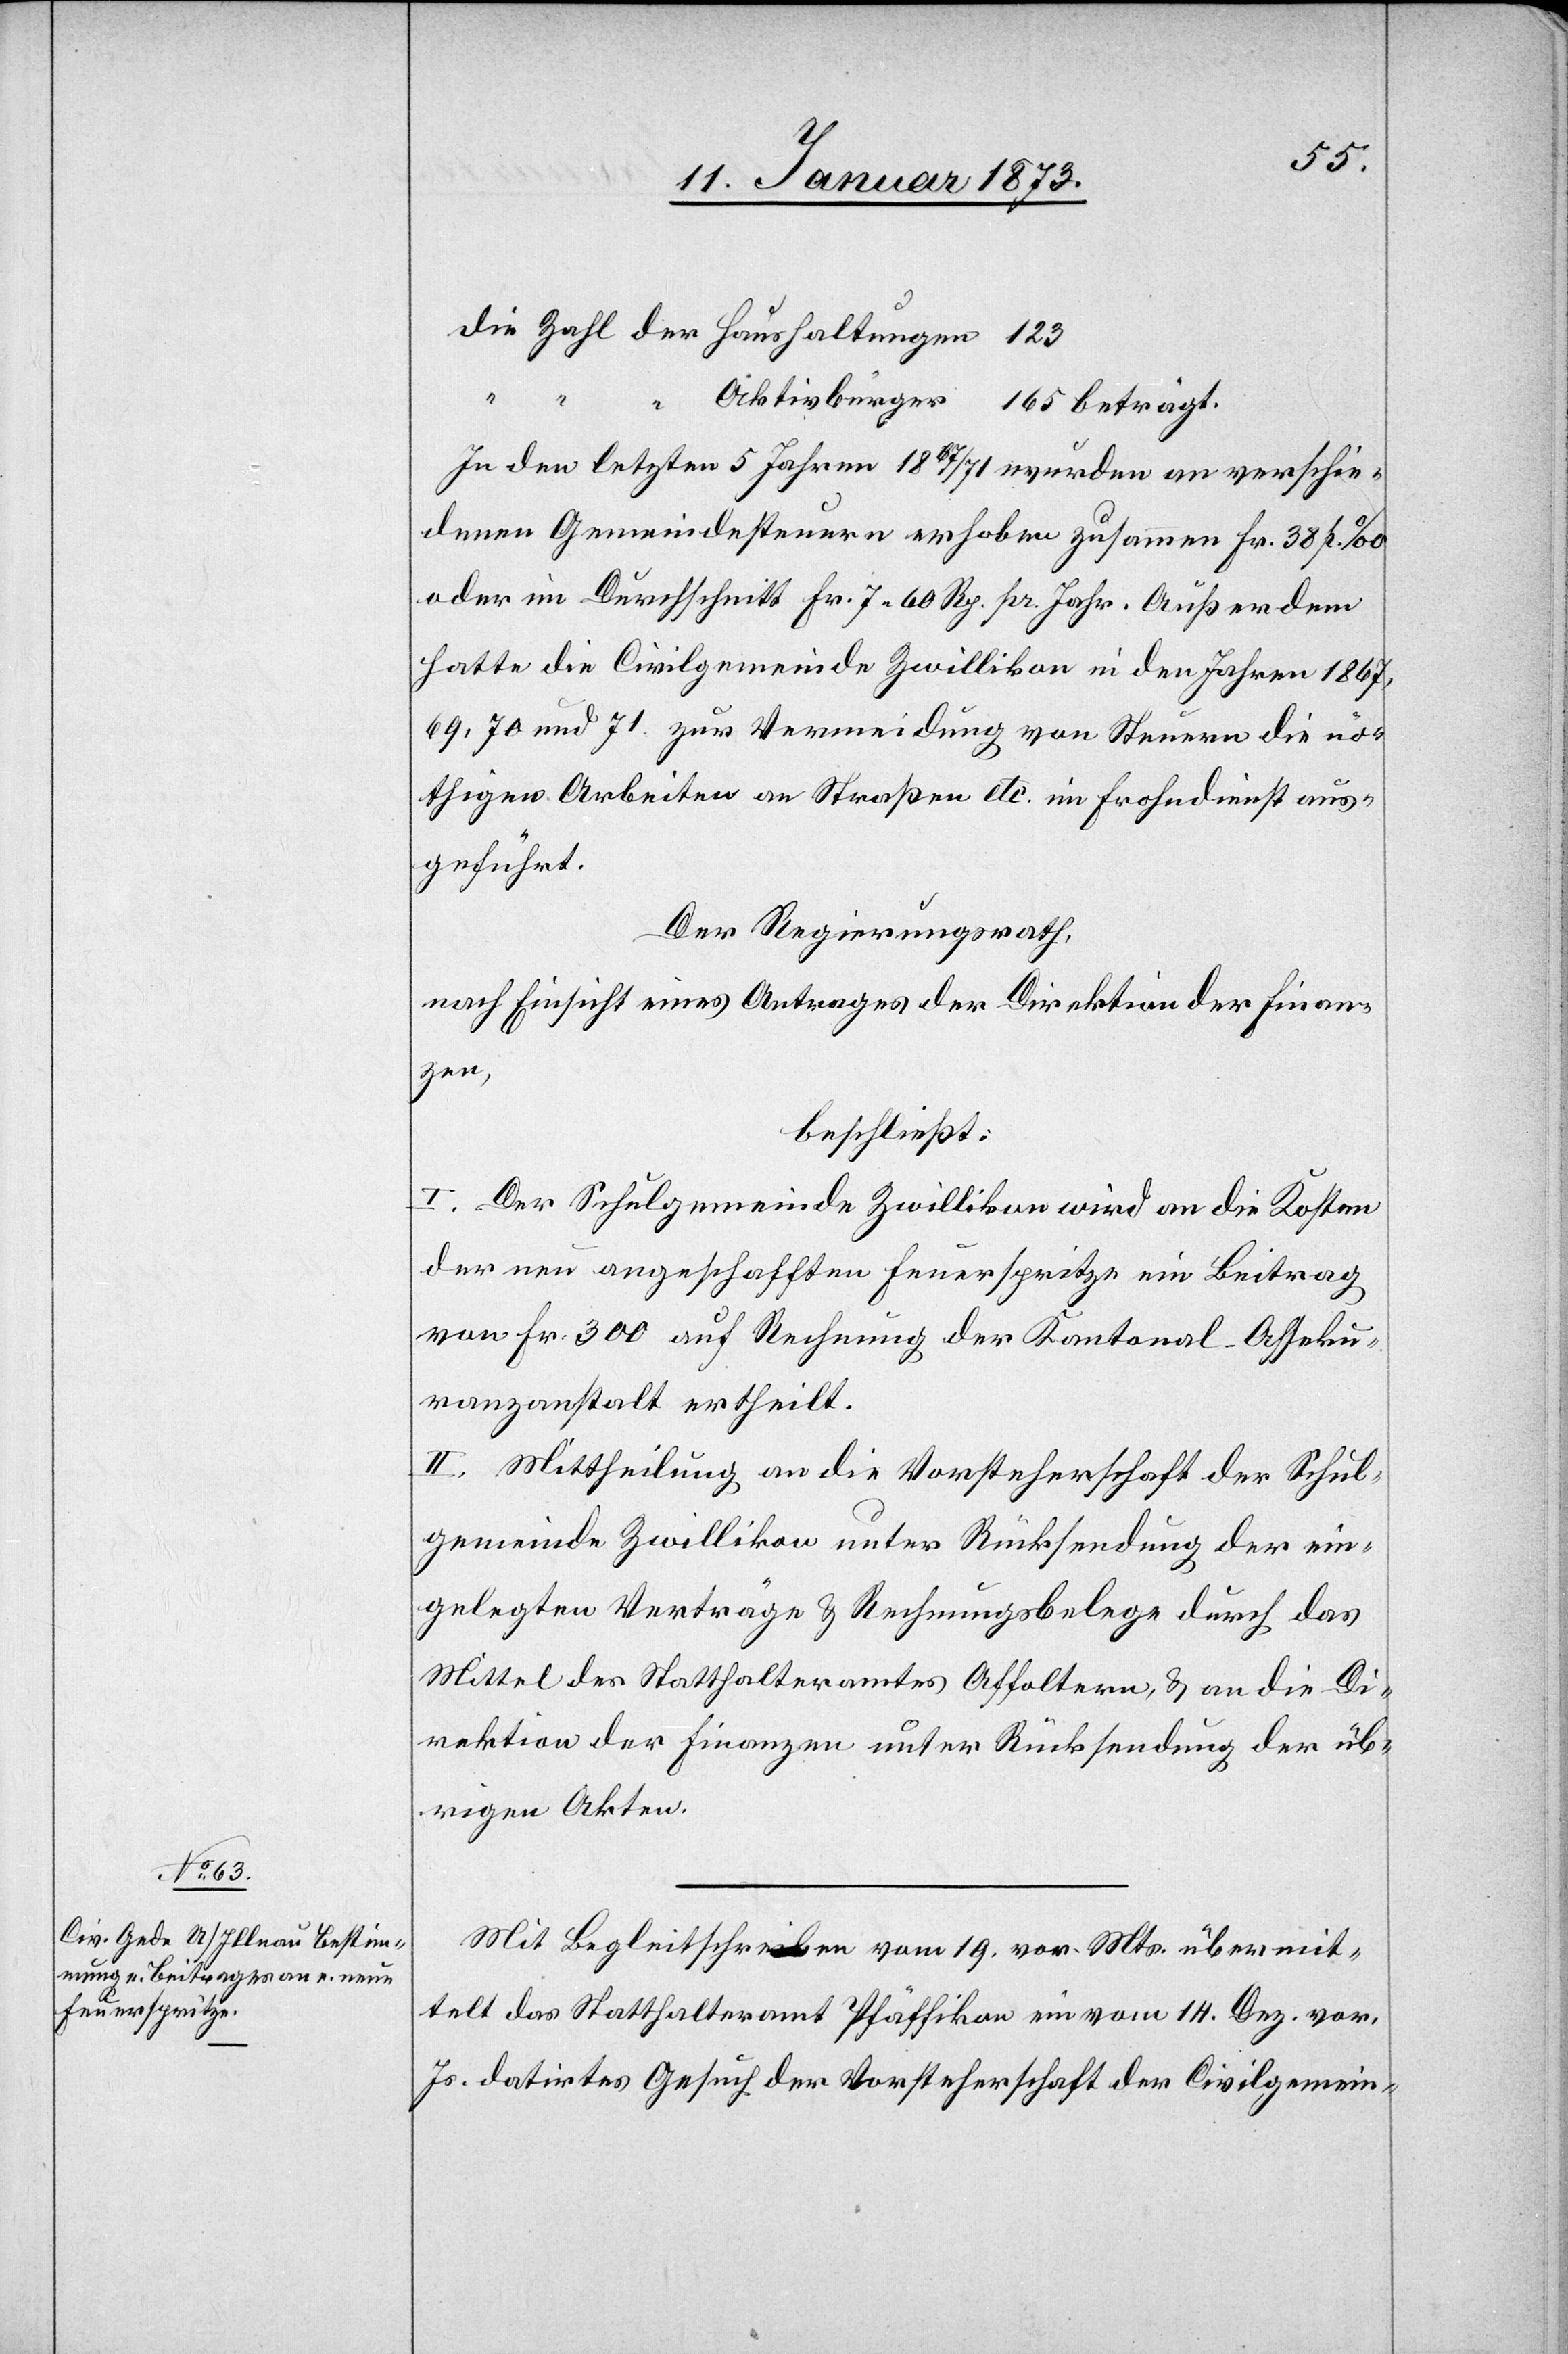
die Zahl der Haushaltungen	123
Aktivbürger	165 beträgt.
In den letzten 5 Jahren 1867/71 wurden an verschie¬
denen Gemeindesteuern erhoben zusammen Fr. 38 p. ‰
oder im Durchschnitt Fr. 7. 60 Rp. pr. Jahr. Außerdem
hatte die Civilgemeinde Zwillikon in den Jahren 1867,
69, 70 und 71. zur Vermeidung von Steuern die nö¬
thigen Arbeiten an Straßen etc. im Frohndienst aus¬
geführt.
Der Regierungsrath,
nach Einsicht eines Antrages der Direktion der Finan¬
zen,
beschließt:
I. Der Schulgemeinde Zwillikon wird an die Kosten
der neu angeschafften Feuerspritze ein Beitrag
von Fr. 300 auf Rechnung der Kantonal-Asseku¬
ranzanstalt ertheilt.
II. Mittheilung an die Vorsteherschaft der Schul¬
gemeinde Zwillikon unter Rücksendung der ein¬
gelegten Verträge & Rechnungsbelege durch das
Mittel des Statthalteramtes Affoltern, & an die Di¬
rektion der Finanzen unter Rücksendung der üb¬
rigen Akten.
Mit Begleitschreiben vom 19. vor. Mts übermit¬
telt das Statthalteramt Pfäffikon ein vom 14. Dez. vor.
Js. datirtes Gesuch der Vorsteherschaft der Civilgemein-